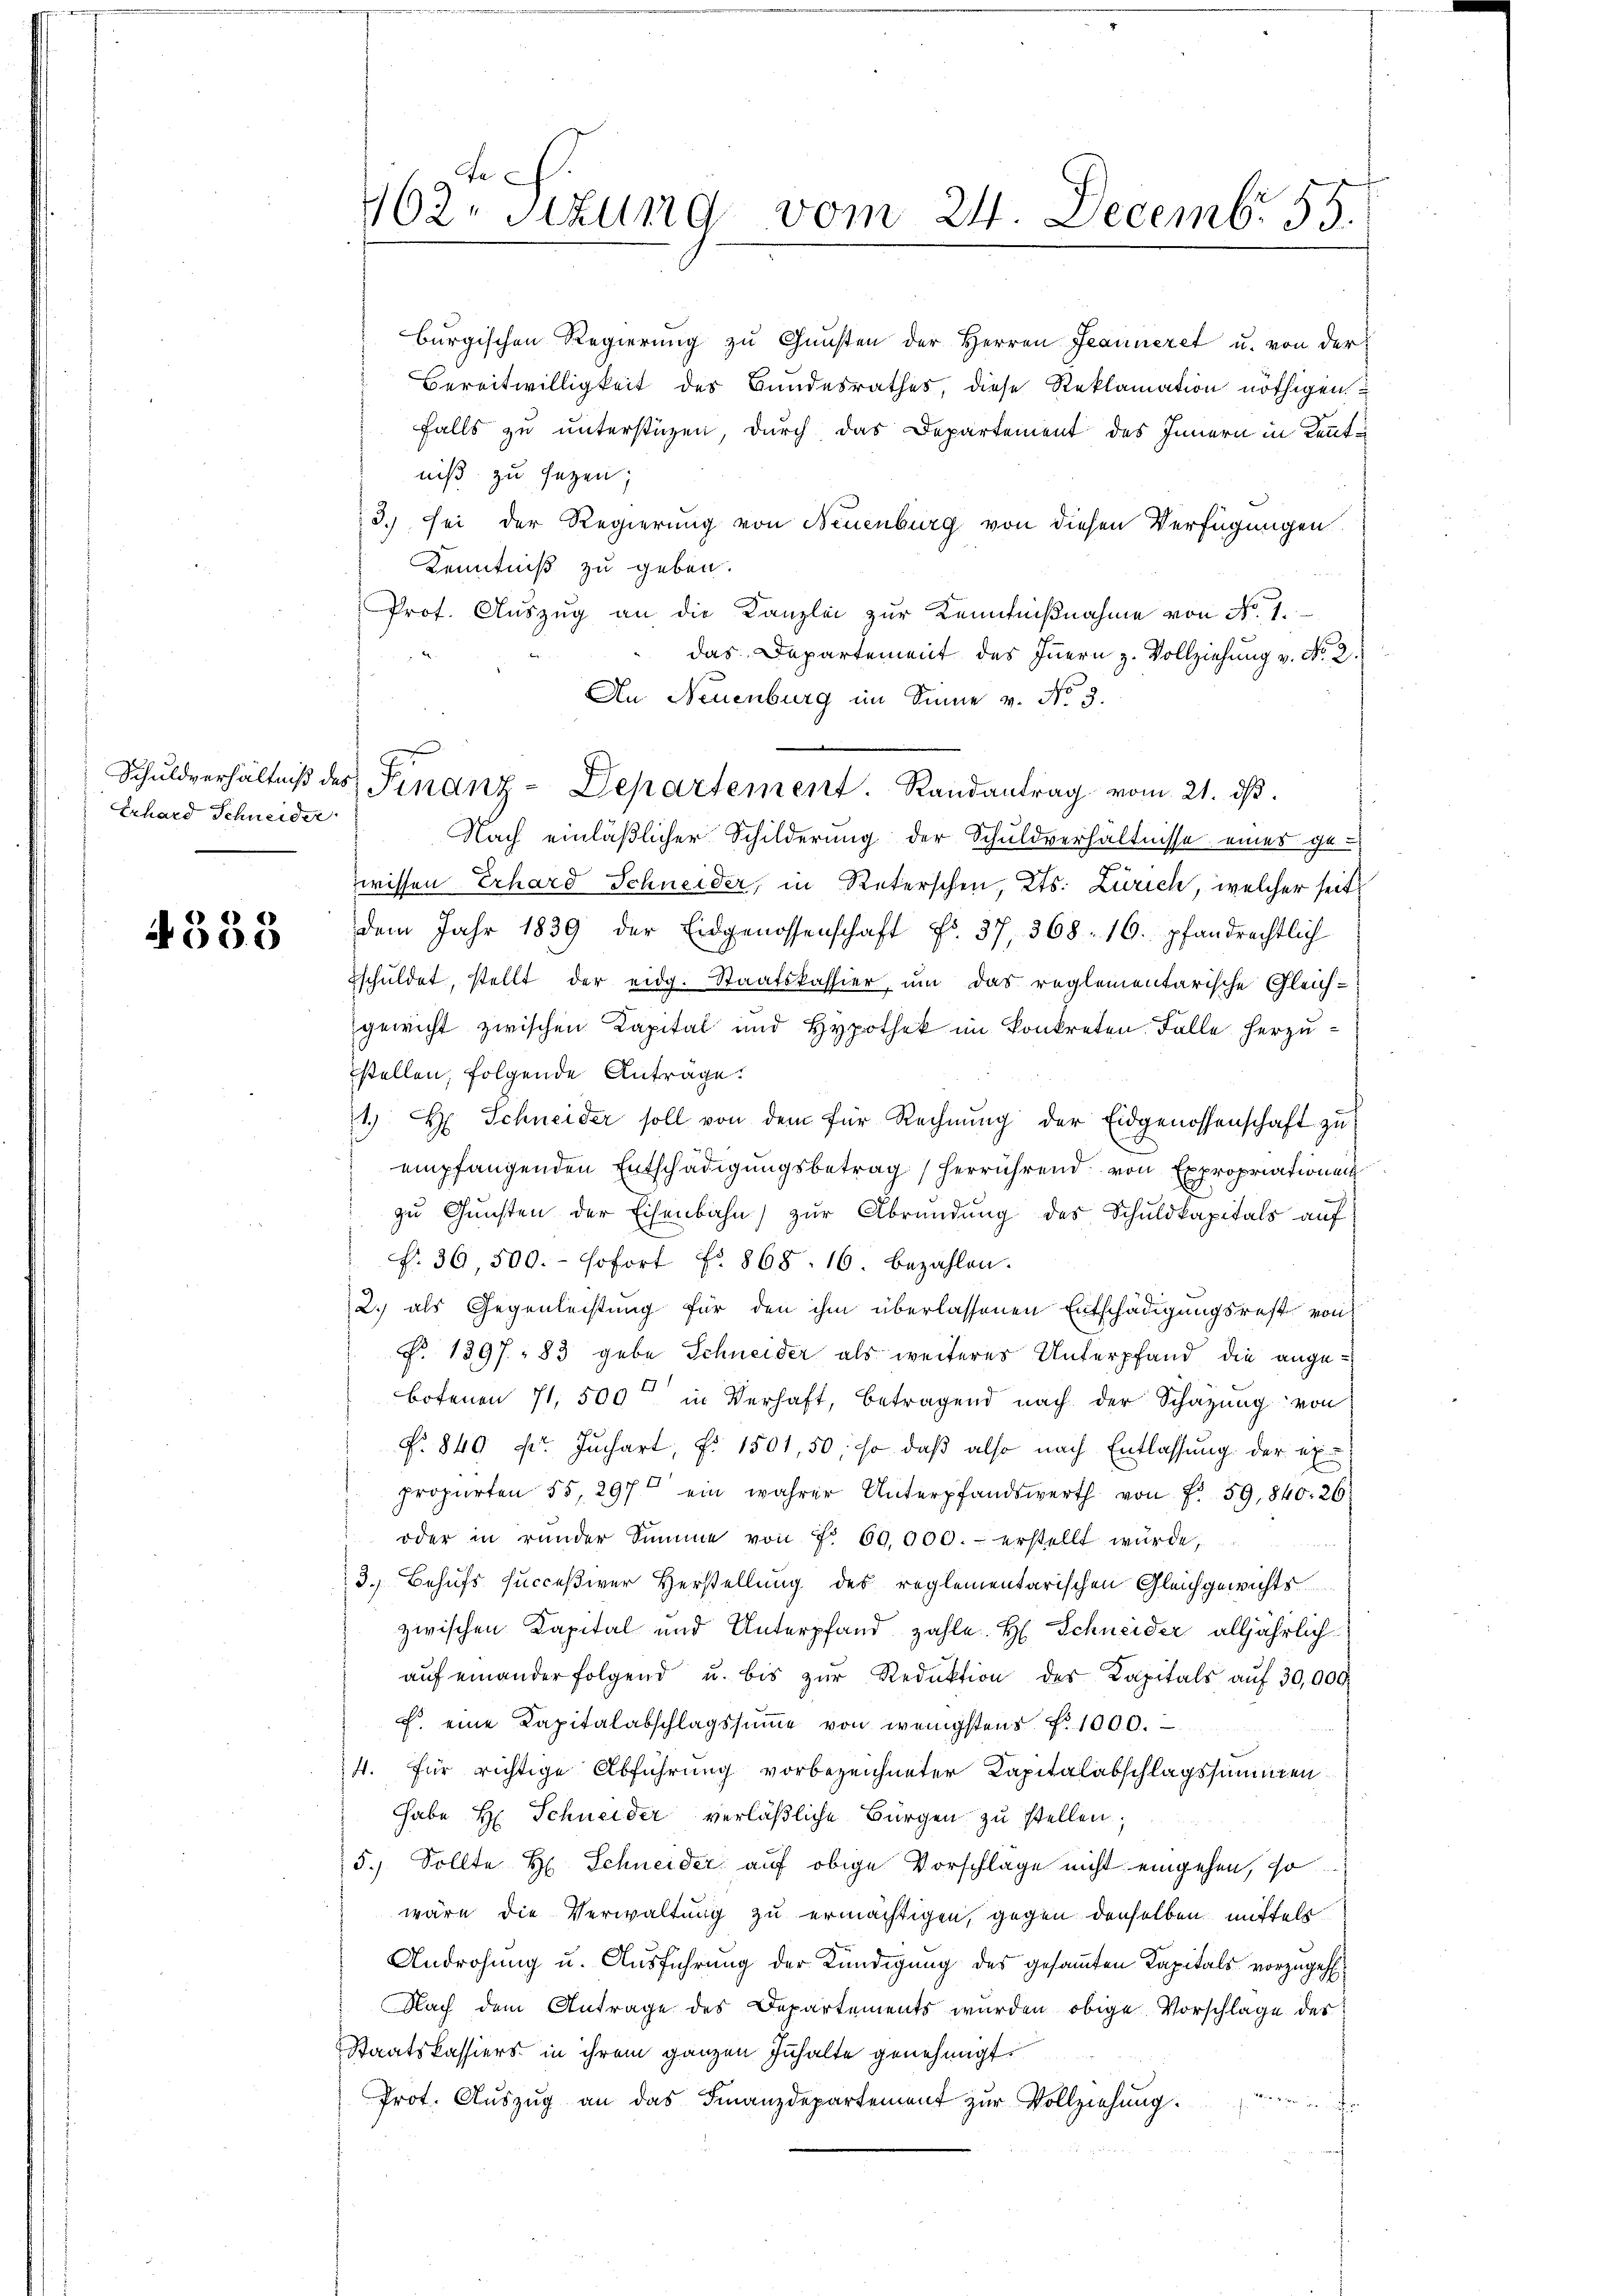
Erhard Schneider

4338

e
462. Sitzung vom 24. Decemb. 55.

burgischen Regierung zŭ Gŭnsten der Herren Jeanneret u. von der
Bereitwilligkeit des Bundesrathes, diese Reklamation nöthigen
falls zu unterstüzen, durch das Departement des Innern in Kenntniß zu sezen,
3.) sei der Regierung von Neuenburg von diesen Verfügungen
Kenntniß zu geben.
Prof. Auszug an die Kanzlei zur Kenntnißnahme von No. 1.
das Departement des Innern z. Vollziehung v. No. 2.
An Neuenburg im Sinne v. No 3.
Nach einläßlicher Schilderung der Schuldverhältnisse einer ge-
wissen Erhard Schneider, in Reterschen, Kts. Zürich, welcher seit
dem Jahr 1839 der Eidgenossenschaft No. 37, 368. 16. pfandrechtlich
schuldet, stellt der eidg. Staatskassier, um das reglementarische Gleich-
gewicht zwischen Kapital und Hypothek im konkreten Falle herzustellen, folgende Anträge.
1. H. Schneider soll von dem für Rechnung der Eidgenossenschaft zu
empfangenden Entschädigungsbetrag herrührend von Expropriationen
zu Gunsten der Eisenbahn zur Abründung des Schuldkapitals auf
f. 36,500.- sofort fr. 868. 16. bezahlen.
2.) als Gegenleistung für den ihm überlassenen Entschädigungsrest von
§. 1397: 83 gebe Schneider als weiteres Unterpfand die ange¬
Botenen 11,500 in Verhaft, betragend nach der Schazung von
N. 849 Fr. Juchart, f 1501, 50; so daß also nach Entlassung der expropirten 55, 297 ein wahrer Unterpfandswerth von f. 59, 840. 26
 oder in rŭnder Summe von Fr. 60,000.- erstellt würde,
3. Behufs succeßiver Herstellung des reglementarischen Gleichgewichts
zwischen Kapital und Unterpfand zahle. H. Schneider alljährlich
aŭf einander folgend u. bis zŭr Reduktion des Kapitals auf 30,000
f. eine Kapitalabschlagssŭṁe von wenigstens No 1000.
4. für richtige Abführung vorbezeichneter Kapitalabschlagssummen
habe H. Schneider verläßliche Bürgen zu stellen;
5.) Sollte H. Schneider auf obige Vorschläge nicht eingehen, so
wäre die Verwaltung zu ermächtigen, gegen derselben mittels
Androhung u. Ausführung der Kündigung des gesammten Kapitals vorzugehe
Nach dem Antrage des Departements wurden obige Vorschlage der
Staatskassiers in ihrem ganzen Inhalte genehmigt.
Prot. Auszug an das Finanzdepartement zur Vollziehung.
e . . .

Schuldverhältniβ des Finanz-Departement. Randantrag vom 21. dβ.